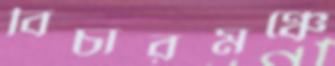
বিচারমঞ্চে